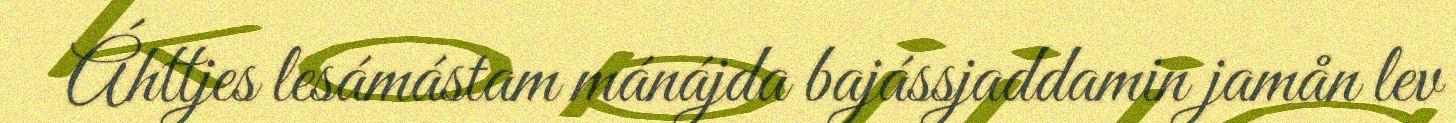
Áhttjes lesámástam mánájda bajássjaddamin jamån lev